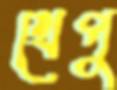
খেপু